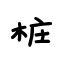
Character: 桩